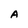
Character: A